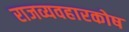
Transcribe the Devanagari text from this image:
राजव्यवहारकोष